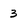
Character: 3